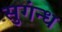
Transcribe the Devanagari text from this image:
सुगंन्ध